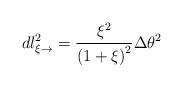
LaTeX: \begin{align*}dl_{\xi\rightarrow}^{2}\overset{}{=}\frac{\xi^{2}}{\left( 1+\xi\right) ^{2}}\Delta\theta^{2} \end{align*}